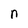
Character: n